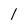
Character: l